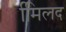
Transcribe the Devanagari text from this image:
मििलद